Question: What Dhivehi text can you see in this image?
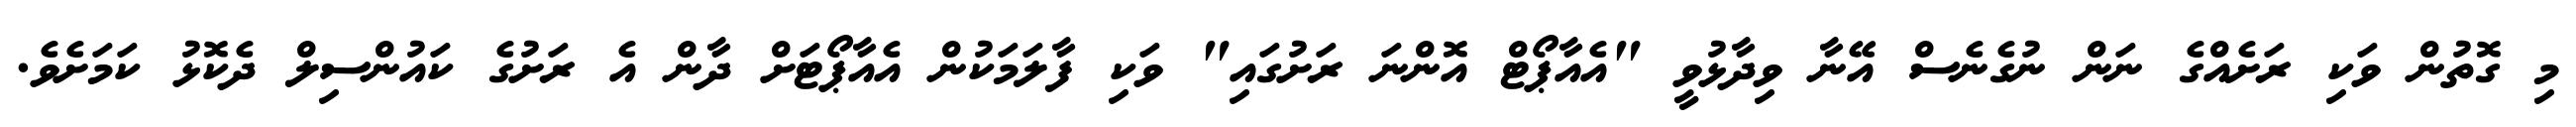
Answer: މި ގޮތުން ވަކި ރަށެއްގެ ނަން ނުގެނެސް އޭނާ ވިދާޅުވީ "އެއާޕޯޓް އޮންނަ ރަށުގައި" ވަކި ފާލަމަކުން އެއާޕޯޓަށް ދާން އެ ރަށުގެ ކައުންސިލް ދެކޮޅު ކަމަށެވެ.